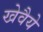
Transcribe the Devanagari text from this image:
खेवैये